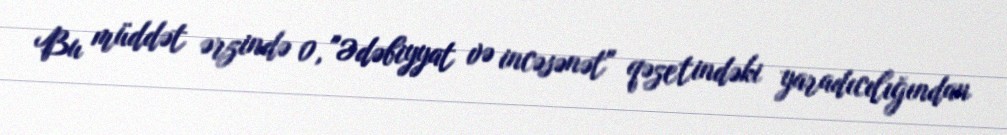
Bu müddət ərzində 0, "Ədəbiyyat və incəsənət" qəzetindəki yaradıcılığından